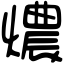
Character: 燶